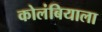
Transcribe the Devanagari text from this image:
कोलंबियाला